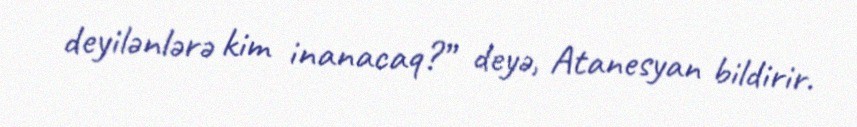
deyilənlərə kim inanacaq?” deyə, Atanesyan bildirir.